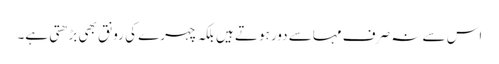
اس سے نہ صرف مہاسے دور ہوتے ہیں بلکہ چہرے کی رونق بھی بڑھتی ہے۔